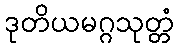
ဒုတိယမဂ္ဂသုတ္တံ